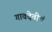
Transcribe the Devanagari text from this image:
गावदेवीचं